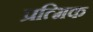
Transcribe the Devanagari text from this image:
प्रत्मिक